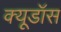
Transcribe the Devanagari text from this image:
क्यूडॉस